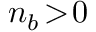
n _ { b } \! > \! 0